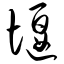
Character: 堰